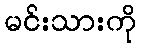
မင်းသားကို